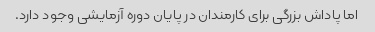
اما پاداش بزرگی برای کارمندان در پایان دوره آزمایشی وجود دارد.